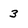
Character: 3